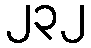
၂၃၂